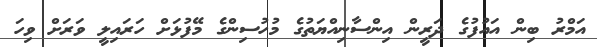
އަމްރު ބިން އައުފުގެ ދަރީން އިންސާނިއްޔަތުގެ މުހުސިންގެ މޭފުޅަށް ހަރައިލީ ވަރަށް ވިހަ